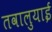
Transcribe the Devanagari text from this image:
तवालुयाई